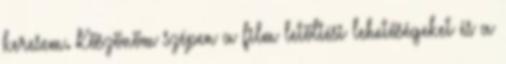
keresem. Köszönöm szépen a film letöltési lehetőségeket és a